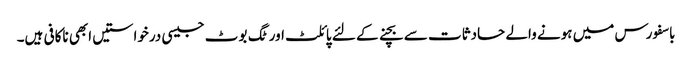
باسفورس میں ہونے والے حادثات سے بچنے کے لئے پائلٹ اور ٹگ بوٹ جیسی درخواستیں ابھی ناکافی ہیں۔